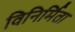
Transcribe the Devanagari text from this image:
विनिर्मिता